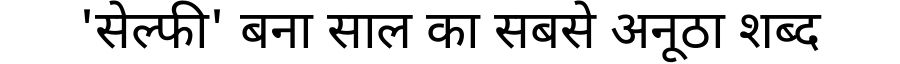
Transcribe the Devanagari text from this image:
'सेल्फी' बना साल का सबसे अनूठा शब्द